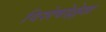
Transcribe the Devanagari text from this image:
विशेषोल्लेख